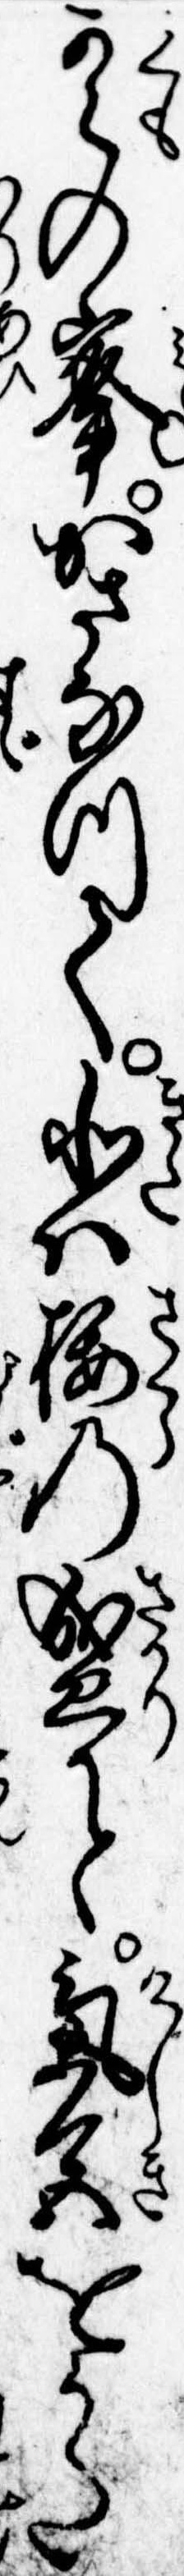
雲の峰かさなつて北は桜の盛と気色をうた